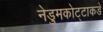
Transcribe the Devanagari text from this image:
नेडुमकोट्टाकडे